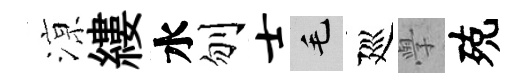
鿌縷水刎士毛廵𭓕殑